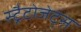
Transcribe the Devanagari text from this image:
स्ट्रैटोजेट्स